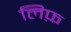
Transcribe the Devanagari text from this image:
लिफ़